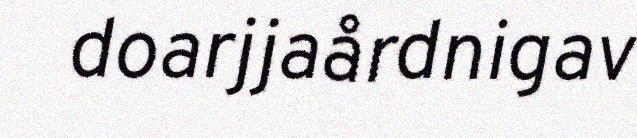
doarjjaårdnigav